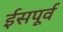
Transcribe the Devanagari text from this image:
ईसपूर्व